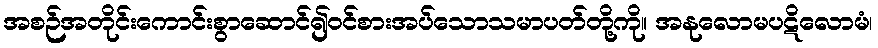
အစဉ်အတိုင်းကောင်းစွာဆောင်၍ဝင်စားအပ်သောသမာပတ်တို့ကို။ အနုလောမပဋိလောမံ၊